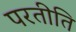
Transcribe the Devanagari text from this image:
परतीति